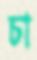
চা